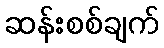
ဆန်းစစ်ချက်